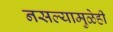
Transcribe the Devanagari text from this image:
नसल्यामुळेही